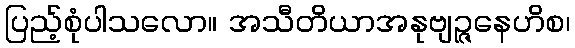
ပြည့်စုံပါသလော။ အသီတိယာအနုဗျဉ္ဇနေဟိစ၊